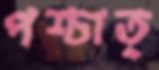
পশ্চাত্